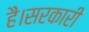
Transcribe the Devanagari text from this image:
हैं।सरकारी